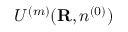
{ \cal U } ^ { ( m ) } ( { \bf R } , n ^ { ( 0 ) } )